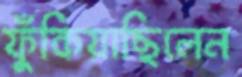
ফুঁকিয়াছিলেন